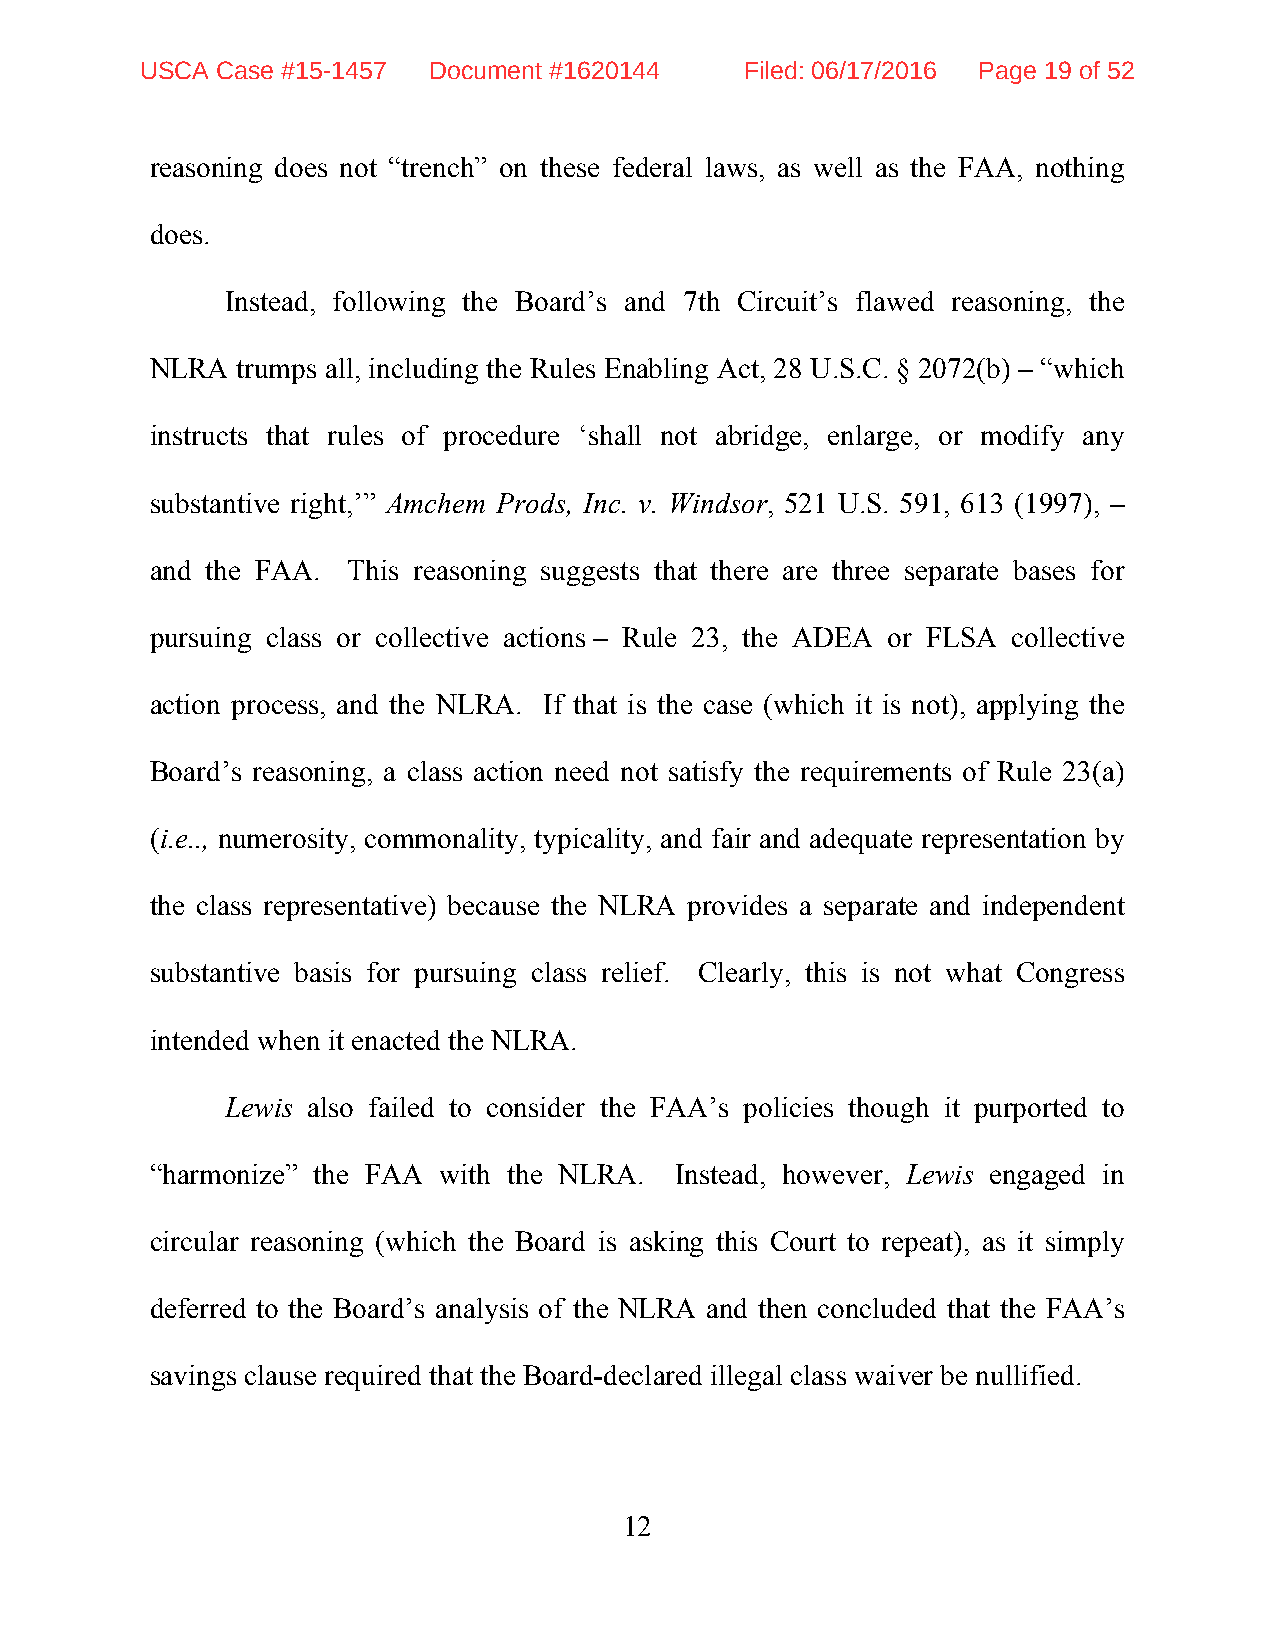
USCA Case #15-1457 Document #1620144    Filed: 06/17/2016 Page 19 of 52
 reasoning does not “trench” on these federal laws, as well as the FAA, nothing
 does.
 Instead, following the Board’s and 7th Circuit’s flawed reasoning, the
 NLRA  trumps all, including the Rules Enabling Act, 28 U.S.C. § 2072(b) – “which
 instructs that rules of procedure ‘shall not abridge, enlarge, or modify any
 substantive right,’” Amchem Prods, Inc. v. Windsor, 521 U.S. 591, 613 (1997), –
 and the FAA. This reasoning suggests that there are three separate bases for
 pursuing class or collective actions – Rule 23, the ADEA or FLSA collective
 action process, and the NLRA. If that is the case (which it is not), applying the
 Board’s reasoning, a class action need not satisfy the requirements of Rule 23(a)
 (i.e.., numerosity, commonality, typicality, and fair and adequate representation by
 the class representative) because the NLRA provides a separate and independent
 substantive basis for pursuing class relief. Clearly, this is not what Congress
 intended when it enacted the NLRA.
 Lewis also failed to consider the FAA’s policies though it purported to
 “harmonize” the FAA with the NLRA. Instead, however, Lewis engaged in
 circular reasoning (which the Board is asking this Court to repeat), as it simply
 deferred to the Board’s analysis of the NLRA and then concluded that the FAA’s
 savings clause required that the Board-declared illegal class waiver be nullified.
 12